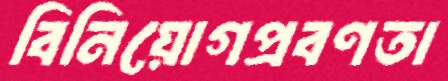
বিনিয়োগপ্রবণতা